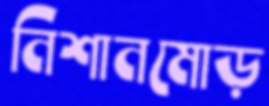
নিশানমোড়